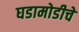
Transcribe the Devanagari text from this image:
घडामोडीचे